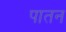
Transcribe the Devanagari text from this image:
पातन